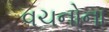
વચનોના